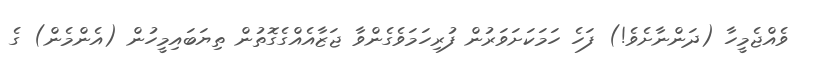
ވެއްޖެމީހާ (ދަންނާށެވެ!) ފަހެ ހަމަކަށަވަރުން ފުރިހަމަވެގެންވާ ޖަޒާއެއްގެގޮތުން ތިޔަބައިމީހުން (އެންމެން) ގެ